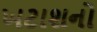
ખટાશનો